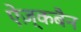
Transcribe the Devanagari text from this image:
ऐज़्कबैन